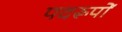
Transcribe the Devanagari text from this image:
पदरूपों